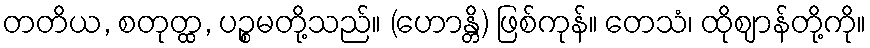
တတိယ, စတုတ္ထ, ပဉ္စမတို့သည်။ (ဟောန္တိ) ဖြစ်ကုန်။ တေသံ၊ ထိုဈာန်တို့ကို။